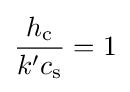
{\dfrac {h_{\mathrm {c} }}{k'c_{\mathrm {s} }}}=1